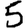
Digit: 5